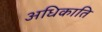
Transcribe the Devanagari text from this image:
अधिकाति